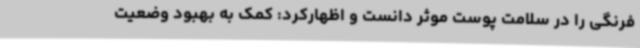
فرنگی را در سلامت پوست موثر دانست و اظهارکرد: کمک به بهبود وضعیت